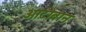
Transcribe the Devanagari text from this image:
ओटाबान